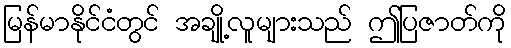
မြန်မာနိုင်ငံတွင် အချို့လူများသည် ဤပြဇာတ်ကို